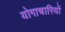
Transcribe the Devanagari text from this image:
योगाचारियों